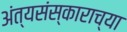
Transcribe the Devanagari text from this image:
अंत्यसंस्काराच्या